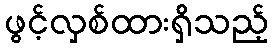
ဖွင့်လှစ်ထားရှိသည့်